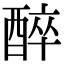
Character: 醉